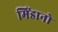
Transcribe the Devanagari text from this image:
मिंडानो